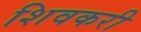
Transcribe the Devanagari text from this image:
शिवकरी